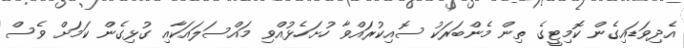
އެދިވަޑައިގެން ކޮމިޓީގެ ތިން މެންބަރަކު ސޮއިކުރައްވާ ހުށަހެޅުއްވި މައްސަލައަކާއި ގުޅިގެން ކަމަށް ވެސް